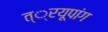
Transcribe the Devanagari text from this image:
त््रयूपांग